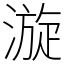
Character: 漩